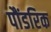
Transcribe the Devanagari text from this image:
पौंडरिक